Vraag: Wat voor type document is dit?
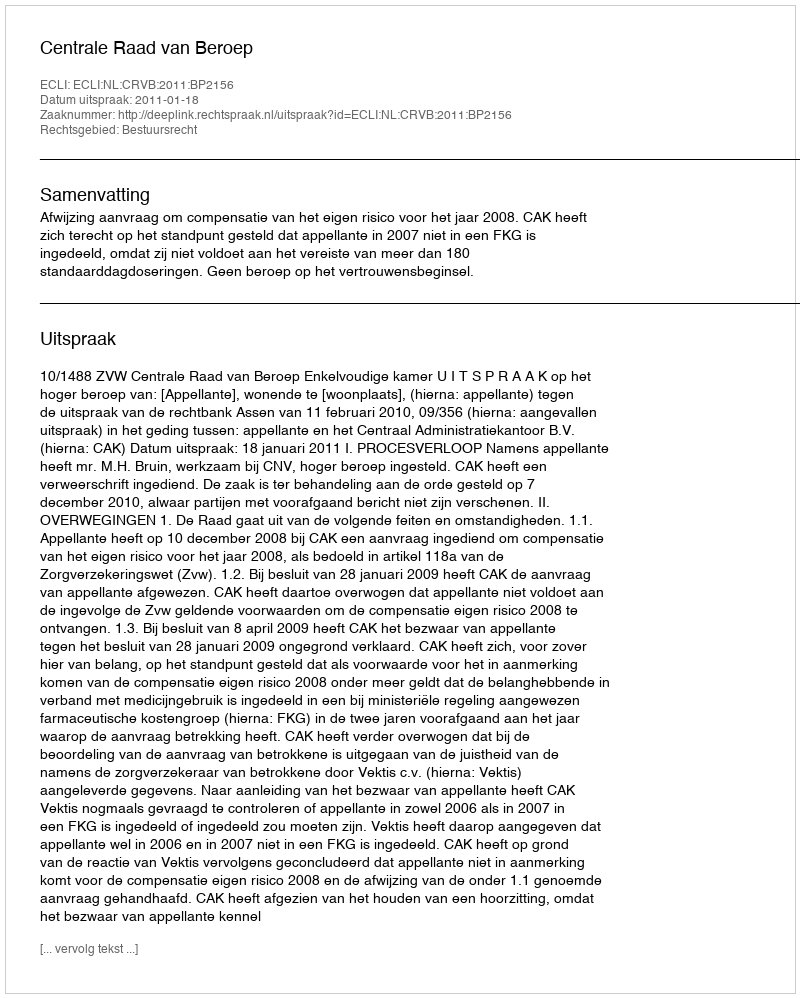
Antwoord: Uitspraak